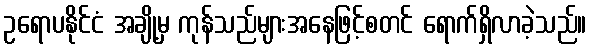
ဥရောပနိုင်ငံ အချို့မှ ကုန်သည်များအနေဖြင့်စတင် ရောက်ရှိလာခဲ့သည်။